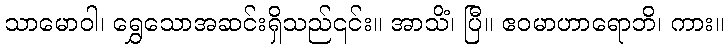
သာမောဝါ၊ ရွှေသောအဆင်းရှိသည်၎င်း။ အာသိံ၊ ပြီ။ ဧဝမာဟာရောဘိ၊ ကား။